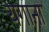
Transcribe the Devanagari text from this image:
यगाना